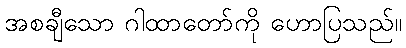
အစချီသော ဂါထာတော်ကို ဟောပြသည်။